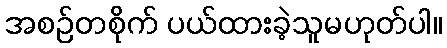
အစဉ်တစိုက် ပယ်ထားခဲ့သူမဟုတ်ပါ။